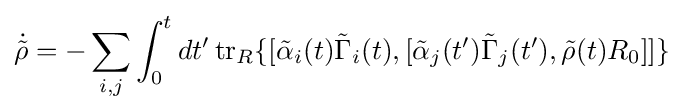
{\dot {\tilde {\rho }}}=-\sum _{i,j}\int _{0}^{t}dt'\operatorname {tr} _{R}\{[{\tilde {\alpha }}_{i}(t){\tilde {\Gamma }}_{i}(t),[{\tilde {\alpha }}_{j}(t'){\tilde {\Gamma }}_{j}(t'),{\tilde {\rho }}(t)R_{0}]]\}